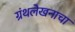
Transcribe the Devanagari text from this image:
ग्रंथलेखनाचा